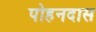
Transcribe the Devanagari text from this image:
पोहनदास